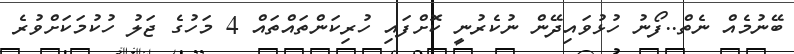
ބޭނުމެއް ނެތް..ފޯނު ހުޅުވައިދޭން ނުކެރުނީ ކޮށްފައި ހުރިކަންތައްތައް 4 މަހުގެ ޖަލު ހުކުމަކަށްވުރެ